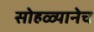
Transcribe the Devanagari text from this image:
सोहळ्यानेच